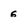
Character: 6